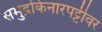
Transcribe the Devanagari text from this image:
समुद्रकिनारपट्टीवर